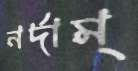
নর্দাম্